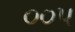
૦૦૫